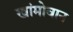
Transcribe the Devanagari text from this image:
खांमोवान